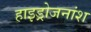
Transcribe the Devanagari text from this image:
हाइड्रोजनांश